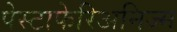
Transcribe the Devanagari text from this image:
पेस्टाफेरिअनिज्म